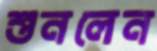
শুনলেন